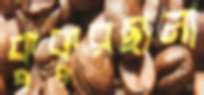
কুকুরছানা